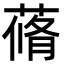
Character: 蓨